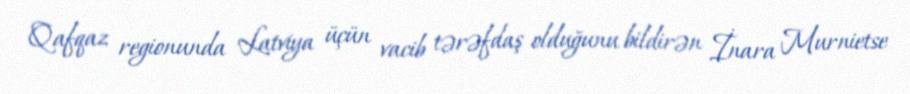
Qafqaz regionunda Latviya üçün vacib tərəfdaş olduğunu bildirən İnara Murnietse